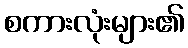
စကားလုံးများ၏